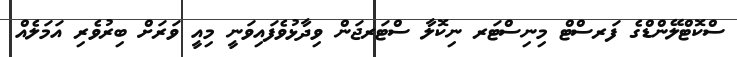
ސްކޮޓްލޭންޑްގެ ފަރސްޓް މިނިސްޓަރ ނިކޮލާ ސްޓަރޖަން ވިދާޅުވެފައިވަނީ މިއީ ވަރަށް ބިރުވެރި އަމަލެއް